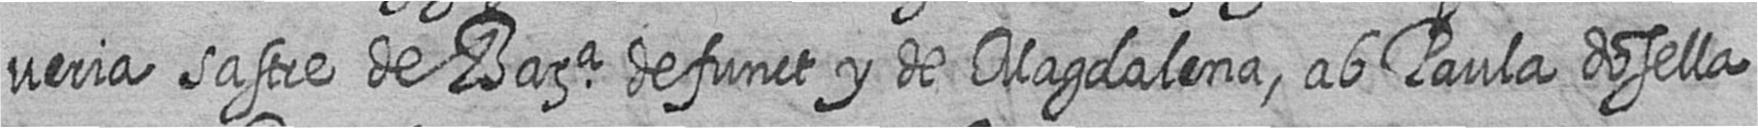
veria sastre de Bara defunct y de Magdalena ab Paula dosella